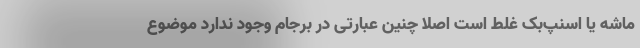
ماشه یا اسنپ‌بک غلط است اصلا چنین عبارتی در برجام وجود ندارد موضوع